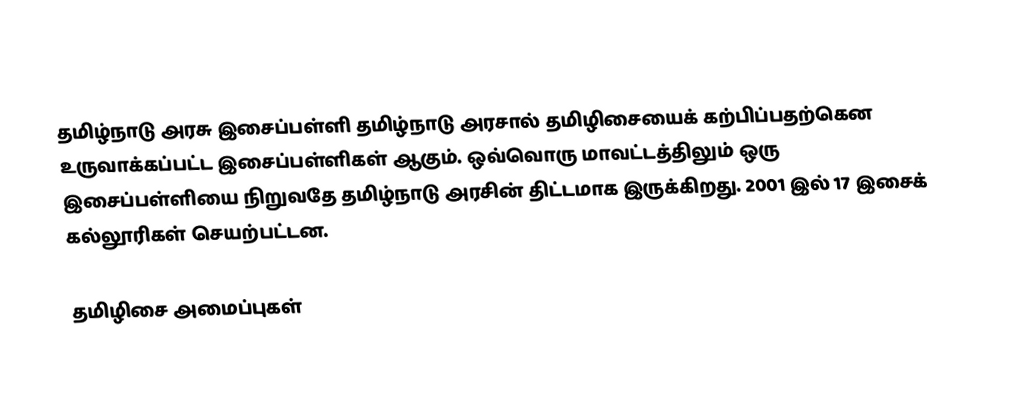
தமிழ்நாடு அரசு இசைப்பள்ளி தமிழ்நாடு அரசால் தமிழிசையைக் கற்பிப்பதற்கென உருவாக்கப்பட்ட இசைப்பள்ளிகள் ஆகும்.  ஒவ்வொரு மாவட்டத்திலும் ஒரு இசைப்பள்ளியை நிறுவதே தமிழ்நாடு அரசின் திட்டமாக இருக்கிறது.  2001 இல் 17 இசைக் கல்லூரிகள் செயற்பட்டன.

தமிழிசை அமைப்புகள்